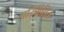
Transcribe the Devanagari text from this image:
परिर्वितित